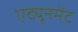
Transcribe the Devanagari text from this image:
एट्यूनमेंट